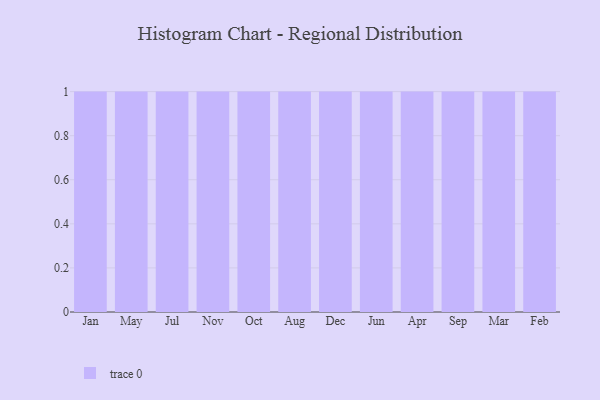
{"axis": {"x": "Month", "y": "Market Share (%)"}, "legend": [""], "data": [{"x": "Jan", "y": 68, "type": ""}, {"x": "May", "y": 28, "type": ""}, {"x": "Jul", "y": 67, "type": ""}, {"x": "Nov", "y": 71, "type": ""}, {"x": "Oct", "y": 12, "type": ""}, {"x": "Aug", "y": 26, "type": ""}, {"x": "Dec", "y": 4, "type": ""}, {"x": "Jun", "y": 18, "type": ""}, {"x": "Apr", "y": 100, "type": ""}, {"x": "Sep", "y": 89, "type": ""}, {"x": "Mar", "y": 14, "type": ""}, {"x": "Feb", "y": 9, "type": ""}]}